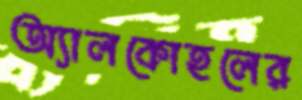
অ্যালকোহলের